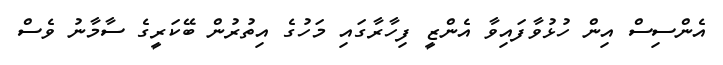
އެންސިސް އިން ހުޅުވާފައިވާ އެންޒީ ފިހާރާގައި މަހުގެ އިތުރުން ބޭކަރީގެ ސާމާނު ވެސް